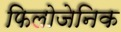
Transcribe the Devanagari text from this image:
फिलोजेनिक